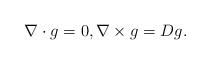
LaTeX: \begin{align*}\nabla\cdot g = 0,\nabla \times g = Dg.\end{align*}